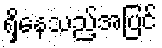
ရှိနေသည့်အပြင်